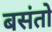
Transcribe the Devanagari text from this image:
बसंतो